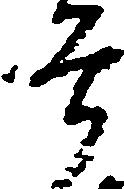
谷